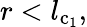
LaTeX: r<l_{{\mathrm{c_{1}}}},